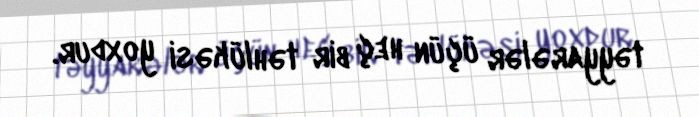
təyyarələr üçün heç bir təhlükəsi yoxdur.